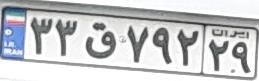
۳۳ق۷۹۲۲۹